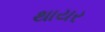
થાયર